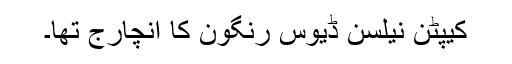
کیپٹن نیلسن ڈیوس رنگون کا انچارج تھا۔